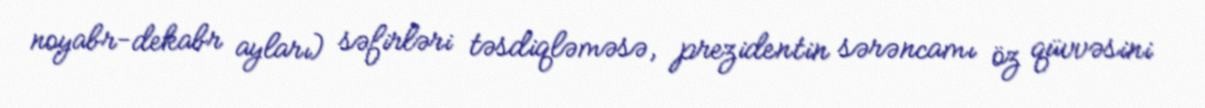
noyabr-dekabr ayları) səfirləri təsdiqləməsə, prezidentin sərəncamı öz qüvvəsini